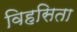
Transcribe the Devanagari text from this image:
विहसिता